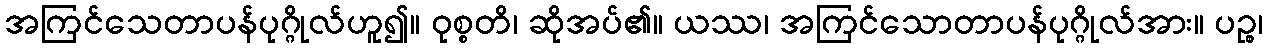
အကြင်သေတာပန်ပုဂ္ဂိုလ်ဟူ၍။ ဝုစ္စတိ၊ ဆိုအပ်၏။ ယဿ၊ အကြင်သောတာပန်ပုဂ္ဂိုလ်အား။ ပဉ္စ၊